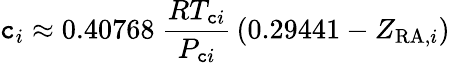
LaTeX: \mathtt{c}_{i}\approx0.40768\ {\frac{{RT_{\mathtt{c}i}}}{{P_{\mathtt{c}i}}}}\left(0.29441-Z_{{\mathrm{{RA}}},i}\right)